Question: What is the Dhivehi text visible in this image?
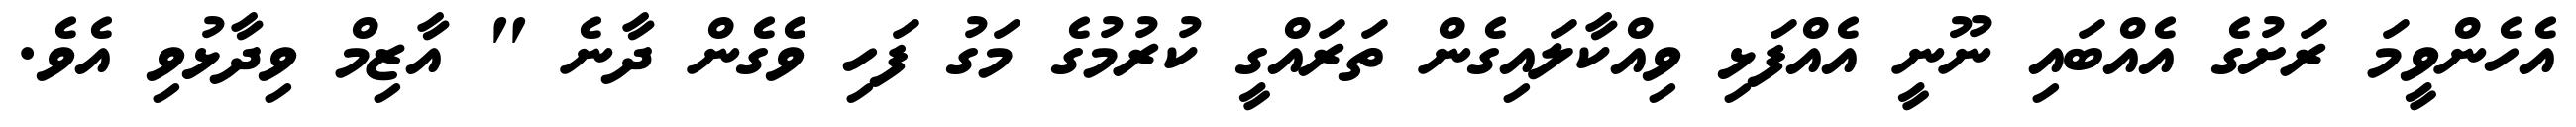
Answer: އެހެންވީމަ ރަށުގެ އެއްބައި ނޫނީ އެއްފަޅި ވިއްކާލައިގެން ތަރައްގީ ކުރުމުގެ މަގު ފަހި ވެގެން ދާނެ " އާޒިމް ވިދާޅުވި އެވެ.